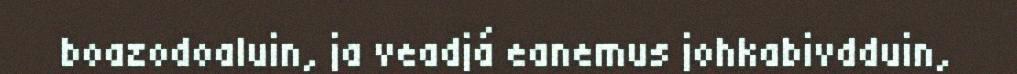
boazodoaluin, ja veadjá eanemus johkabivdduin,